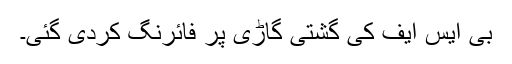
بی ایس ایف کی گشتی گاڑی پر فائرنگ کردی گئی۔